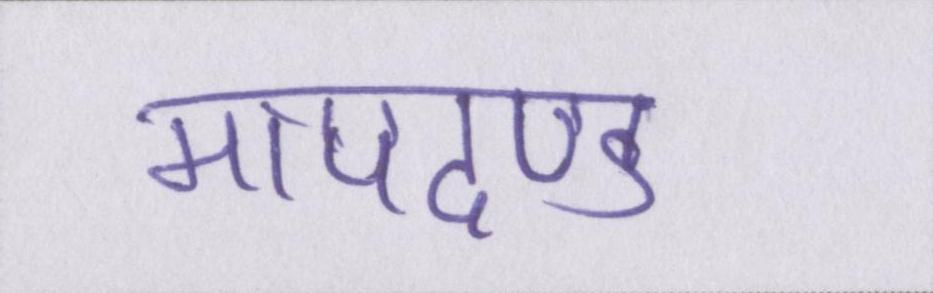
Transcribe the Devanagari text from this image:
मापदण्ड